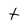
Character: t